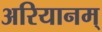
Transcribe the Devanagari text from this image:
अरियानम्